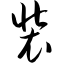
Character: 装